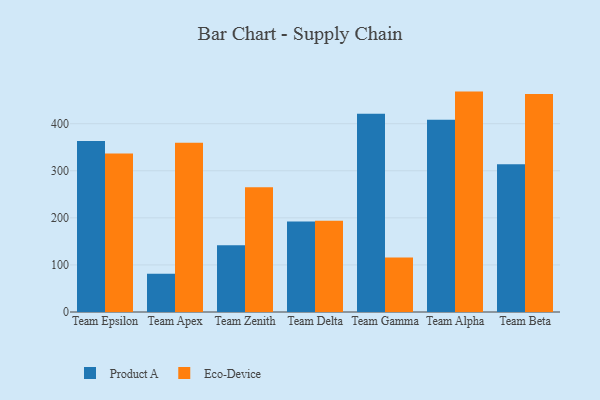
{"axis": {"x": "Team", "y": "Waste Production (Tons)"}, "legend": ["Eco-Device", "Product A"], "data": [{"x": "Team Epsilon", "y": 363.5, "type": "Product A"}, {"x": "Team Epsilon", "y": 336.5, "type": "Eco-Device"}, {"x": "Team Apex", "y": 81.5, "type": "Product A"}, {"x": "Team Apex", "y": 359.4, "type": "Eco-Device"}, {"x": "Team Zenith", "y": 141.7, "type": "Product A"}, {"x": "Team Zenith", "y": 265.1, "type": "Eco-Device"}, {"x": "Team Delta", "y": 192.1, "type": "Product A"}, {"x": "Team Delta", "y": 194.0, "type": "Eco-Device"}, {"x": "Team Gamma", "y": 421.0, "type": "Product A"}, {"x": "Team Gamma", "y": 115.9, "type": "Eco-Device"}, {"x": "Team Alpha", "y": 408.2, "type": "Product A"}, {"x": "Team Alpha", "y": 468.2, "type": "Eco-Device"}, {"x": "Team Beta", "y": 313.7, "type": "Product A"}, {"x": "Team Beta", "y": 463.3, "type": "Eco-Device"}]}